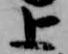
上